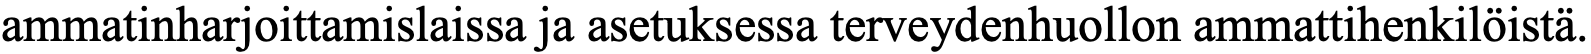
ammatinharjoittamislaissa ja asetuksessa terveydenhuollon ammattihenkilöistä.